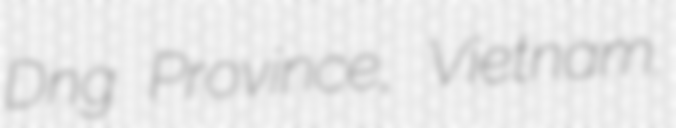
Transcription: Dương Province, Vietnam.